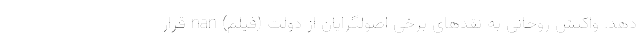
دهد. واکنش روحانی به نقد‌های برخی اصولگرایان از دولت (فیلم) nan قرار